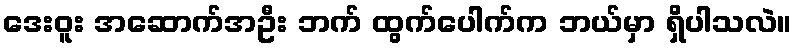
ဒေးဝူး အဆောက်အဦး ဘက် ထွက်ပေါက်က ဘယ်မှာ ရှိပါသလဲ။